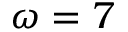
\omega = 7